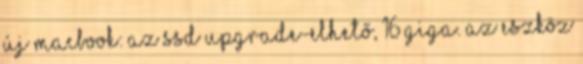
új MacBook: az SSD upgrade-elhető, 16 giga. Az eszköz